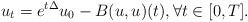
LaTeX: \begin{align*}u_{t} = e^{t\Delta} u_{0} - B(u,u)(t),\forall t\in[0,T].\end{align*}